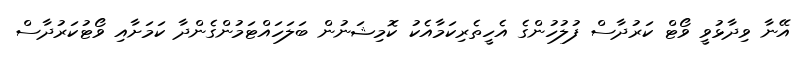
އޭނާ ވިދާޅުވީ ވޯޓް ކަރުދާސް ފުލުހުންގެ އެހީތެރިކަމާއެކު ކޮމިޝަނުން ބަލަހައްޓަމުންގެންދާ ކަމަށާއި ވޯޓުކަރުދާސް